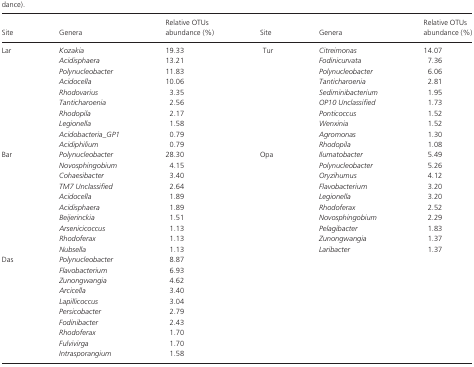
<table><thead><tr><td><b>Site</b></td><td><b>Genera</b></td><td><b>Relative OTUs abundance (%)</b></td><td><b>Site</b></td><td><b>Genera</b></td><td><b>Relative OTUs abundance (%)</b></td></tr></thead><tbody><tr><td rowspan="10">Lar</td><td><i>Kozakia</i></td><td>19.33</td><td rowspan="10">Tur</td><td><i>Citreimonas</i></td><td>14.07</td></tr><tr><td><i>Acidisphaera</i></td><td>13.21</td><td><i>Fodinicurvata</i></td><td>7.36</td></tr><tr><td><i>Polynucleobacter</i></td><td>11.83</td><td><i>Polynucleobacter</i></td><td>6.06</td></tr><tr><td><i>Acidocella</i></td><td>10.06</td><td><i>Tanticharoenia</i></td><td>2.81</td></tr><tr><td><i>Rhodovarius</i></td><td>3.35</td><td><i>Sediminibacterium</i></td><td>1.95</td></tr><tr><td><i>Tanticharoenia</i></td><td>2.56</td><td><i>OP10 Unclassified</i></td><td>1.73</td></tr><tr><td><i>Rhodopila</i></td><td>2.17</td><td><i>Ponticoccus</i></td><td>1.52</td></tr><tr><td><i>Legionella</i></td><td>1.58</td><td><i>Wenxinia</i></td><td>1.52</td></tr><tr><td><i>Acidobacteria_GP1</i></td><td>0.79</td><td><i>Agromonas</i></td><td>1.30</td></tr><tr><td><i>Acidiphilium</i></td><td>0.79</td><td><i>Rhodopila</i></td><td>1.08</td></tr><tr><td rowspan="10">Bar</td><td><i>Polynucleobacter</i></td><td>28.30</td><td rowspan="10">Opa</td><td><i>Ilumatobacter</i></td><td>5.49</td></tr><tr><td><i>Novosphingobium</i></td><td>4.15</td><td><i>Polynucleobacter</i></td><td>5.26</td></tr><tr><td><i>Cohaesibacter</i></td><td>3.40</td><td><i>Oryzihumus</i></td><td>4.12</td></tr><tr><td><i>TM7 Unclassified</i></td><td>2.64</td><td><i>Flavobacterium</i></td><td>3.20</td></tr><tr><td><i>Acidocella</i></td><td>1.89</td><td><i>Legionella</i></td><td>3.20</td></tr><tr><td><i>Acidisphaera</i></td><td>1.89</td><td><i>Rhodoferax</i></td><td>2.52</td></tr><tr><td><i>Beijerinckia</i></td><td>1.51</td><td><i>Novosphingobium</i></td><td>2.29</td></tr><tr><td><i>Arsenicicoccus</i></td><td>1.13</td><td><i>Pelagibacter</i></td><td>1.83</td></tr><tr><td><i>Rhodoferax</i></td><td>1.13</td><td><i>Zunongwangia</i></td><td>1.37</td></tr><tr><td><i>Nubsella</i></td><td>1.13</td><td><i>Laribacter</i></td><td>1.37</td></tr><tr><td rowspan="10">Das</td><td><i>Polynucleobacter</i></td><td>8.87</td><td></td><td></td><td></td></tr><tr><td><i>Flavobacterium</i></td><td>6.93</td><td></td><td></td><td></td></tr><tr><td><i>Zunongwangia</i></td><td>4.62</td><td></td><td></td><td></td></tr><tr><td><i>Arcicella</i></td><td>3.40</td><td></td><td></td><td></td></tr><tr><td><i>Lapillicoccus</i></td><td>3.04</td><td></td><td></td><td></td></tr><tr><td><i>Persicobacter</i></td><td>2.79</td><td></td><td></td><td></td></tr><tr><td><i>Fodinibacter</i></td><td>2.43</td><td></td><td></td><td></td></tr><tr><td><i>Rhodoferax</i></td><td>1.70</td><td></td><td></td><td></td></tr><tr><td><i>Fulvivirga</i></td><td>1.70</td><td></td><td></td><td></td></tr><tr><td><i>Intrasporangium</i></td><td>1.58</td><td></td><td></td><td></td></tr></tbody></table>